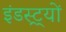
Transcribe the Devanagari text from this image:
इंडस्ट्र्यों